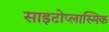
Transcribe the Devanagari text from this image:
साइटोप्लास्मिक